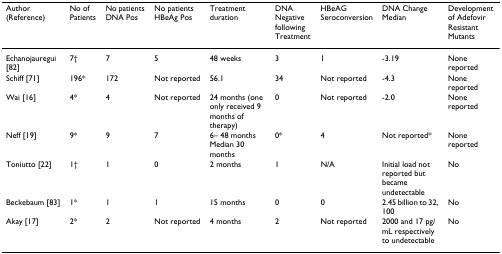
| Author (Reference) | No of Patients | No patients DNA Pos | No patients HBeAg Pos | Treatment duration | DNA Negative following Treatment | HBeAG Seroconversion | DNA Change Median | Development of Adefovir Resistant Mutants |
 | --- | --- | --- | --- | --- | --- | --- | --- | --- |
 | Echanojauregui [82] | 7† | 7 | 5 | 48 weeks | 3 | 1 | -3.19 | None reported |
 | Schiff [71] | 196* | 172 | Not reported | 56.1 | 34 | Not reported | -4.3 | None reported |
 | Wai [16] | 4* | 4 | Not reported | 24 months (one only received 9 months of therapy) | 0 | Not reported | -2.0 | None reported |
 | Neff [19] | 9* | 9 | 7 | 6– 48 months Median 30 months | 0* | 4 | Not reported* | None reported |
 | Toniutto [22] | 1† | 1 | 0 | 2 months | 1 | N/A | Initial load not reported but became undetectable | No |
 | Beckebaum [83] | 1* | 1 | 1 | 15 months | 0 | 0 | 2.45 billion to 32, 100 | No |
 | Akay [17] | 2* | 2 | Not reported | 4 months | 2 | Not reported | 2000 and 17 pg/mL respectively to undetectable | No |